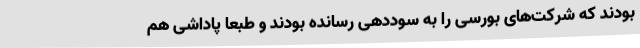
بودند که شرکت‌های بورسی را به سود‌دهی رسانده بودند و طبعا پاداشی هم